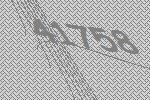
41758